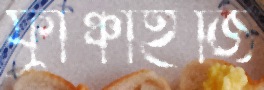
ফ্রাঞ্চাইজি